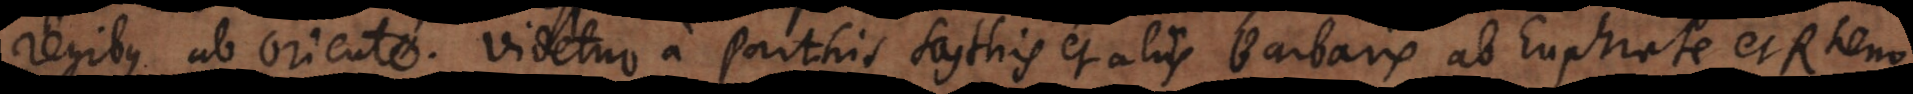
regibus ab oriente. Videtur a Parthis Scythis et aliis Barbaris ab Euphrate et Rheno